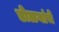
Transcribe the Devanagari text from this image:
डोळयांचे